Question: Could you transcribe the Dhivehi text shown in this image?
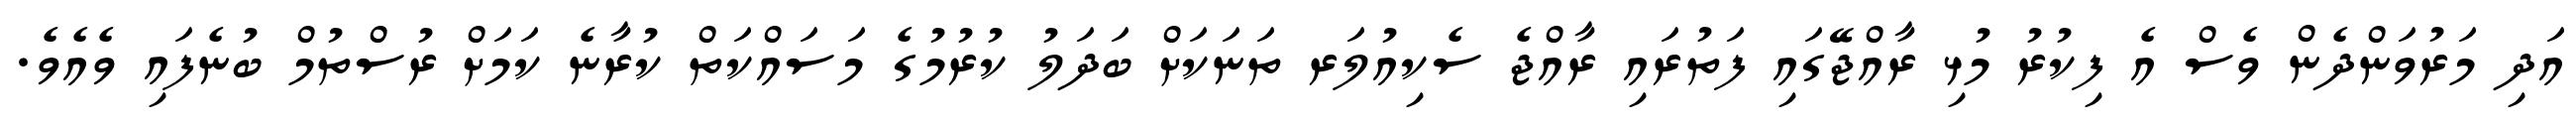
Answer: އަދި މަރުވަންދެން ވެސް އެ ފިކުރު މުޅި ރާއްޖޭގައި ފަތުރައި ރާއްޖެ ސެކިއުލަރ ތަނަކަށް ބަދަލު ކުރުމުގެ މަސައްކަތް ކުރާނެ ކަމަށް ރުސްތުމް ބުނެފައި ވެއެވެ.